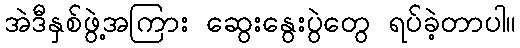
အဲဒီနှစ်ဖွဲ့အကြား ဆွေးနွေးပွဲတွေ ရပ်ခဲ့တာပါ။